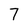
Character: 7